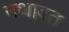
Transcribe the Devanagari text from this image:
नथावत